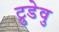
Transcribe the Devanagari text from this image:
ट्रुडेवु